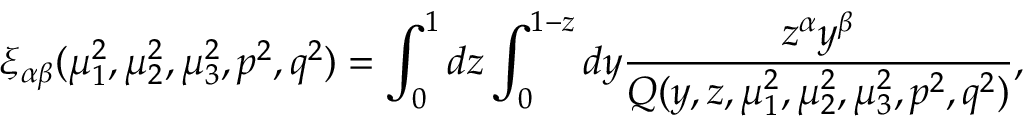
\xi _ { \alpha \beta } ( \mu _ { 1 } ^ { 2 } , \mu _ { 2 } ^ { 2 } , \mu _ { 3 } ^ { 2 } , p ^ { 2 } , q ^ { 2 } ) = \int _ { 0 } ^ { 1 } d z \int _ { 0 } ^ { 1 - z } d y \frac { z ^ { \alpha } y ^ { \beta } } { Q ( y , z , \mu _ { 1 } ^ { 2 } , \mu _ { 2 } ^ { 2 } , \mu _ { 3 } ^ { 2 } , p ^ { 2 } , q ^ { 2 } ) } ,